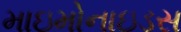
માઇમોનાઇડસ